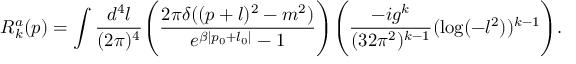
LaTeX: R _ { k } ^ { a } ( p ) = \int \frac { d ^ { 4 } l } { ( 2 \pi ) ^ { 4 } } \Bigg ( \frac { 2 \pi \delta ( ( p + l ) ^ { 2 } - m ^ { 2 } ) } { e ^ { \beta | p _ { 0 } + l _ { 0 } | } - 1 } \Bigg ) \Bigg ( \frac { - i g ^ { k } } { ( 3 2 \pi ^ { 2 } ) ^ { k - 1 } } ( \log ( - l ^ { 2 } ) ) ^ { k - 1 } \Bigg ) .